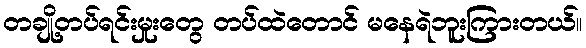
တချို့တပ်ရင်းမှုးတွေ တပ်ထဲတောင် မနေရဲဘူးကြားတယ်။